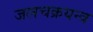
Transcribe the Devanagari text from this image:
जलचक्रयन्त्र